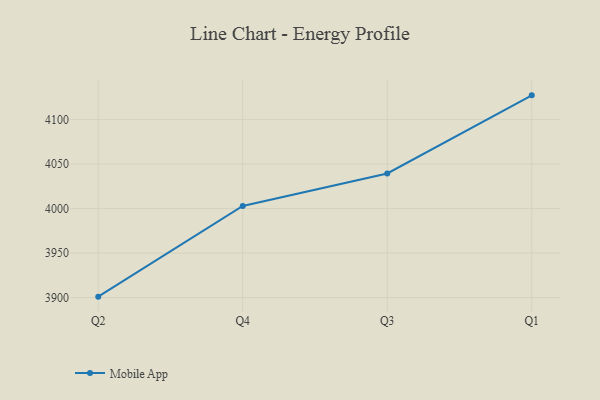
{"axis": {"x": "Quarter", "y": "Active Users"}, "legend": ["Mobile App"], "data": [{"x": "Q2", "y": 3901.1, "type": "Mobile App"}, {"x": "Q4", "y": 4003.0, "type": "Mobile App"}, {"x": "Q3", "y": 4039.5, "type": "Mobile App"}, {"x": "Q1", "y": 4127.3, "type": "Mobile App"}]}